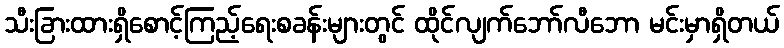
သီးခြားထားရှိစောင့်ကြည့်ရေးစခန်းများတွင် ထိုင်လျက်ဘော်လီဘော မင်းမှာရှိတယ်